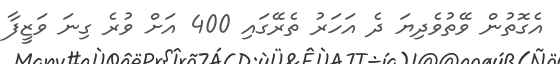
އެގޮތުން ވޭތުވެދިޔަ ދެ އަހަރު ތެރޭގައި 400 އަށް ވުރެ ގިނަ ވަޒީފާ